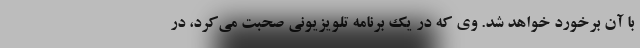
با آن برخورد خواهد شد. وی که در یک برنامه تلویزیونی صحبت می‌کرد، در